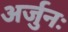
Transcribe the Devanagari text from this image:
अर्जुनः